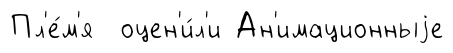
Пл'е́м'я оцен'и́л'и Ан'имационныjе